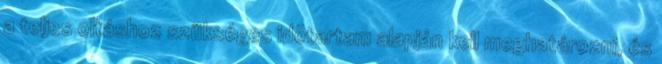
a teljes oltáshoz szükséges idõtartam alapján kell meghatározni, és